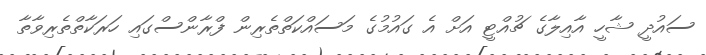
ސައުދީ ޝާހީ އާއިލާގެ ޗުއްޓީ އަށް އެ ގައުމުގެ މަސައްކަތްތެރިން ފްރާންސްގައި ހަރަކާތްތެރިވާތާ